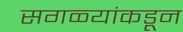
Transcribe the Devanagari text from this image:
सगळ्यांकडून